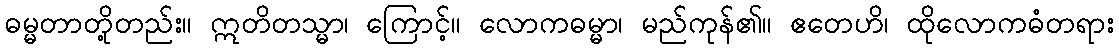
ဓမ္မတာတို့တည်း။ ဣတိတသ္မာ၊ ကြောင့်။ လောကဓမ္မာ၊ မည်ကုန်၏။ ဧတေဟိ၊ ထိုလောကဓံတရား